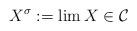
LaTeX: \begin{align*}X^\sigma := \lim X \in \mathcal C\end{align*}